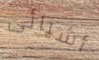
أشيائى